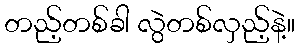
တည့်တစ်ခါ လွဲတစ်လှည့်နဲ့။